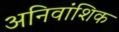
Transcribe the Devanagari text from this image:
अनिवांशिक